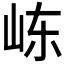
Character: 𰎏